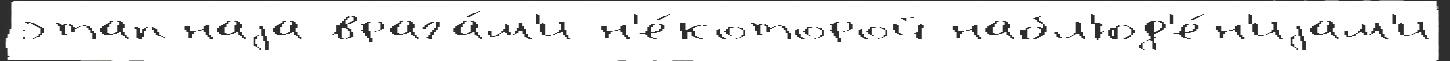
этапнаjа врага́м'и н'е́которой набл'юд'е́н'иjам'и